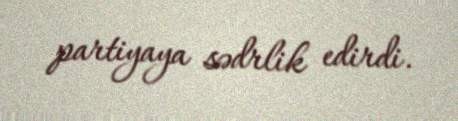
partiyaya sədrlik edirdi.